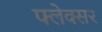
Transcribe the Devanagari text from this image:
फ्लेक्सर